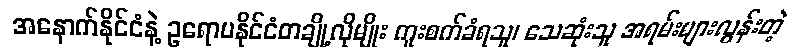
အနောက်နိုင်ငံနဲ့ ဥရောပနိုင်ငံတချို့လိုမျိုး ကူးစက်ခံရသူ၊ သေဆုံးသူ အရမ်းများလွန်းတဲ့